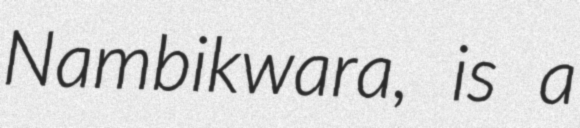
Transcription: Nambikwara, is a